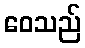
ဝေသည်